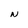
Character: N